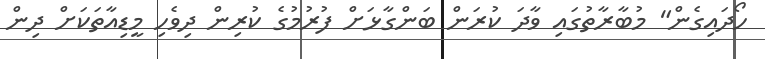
ހޯދައިގެން" މުބާރާތުގައި ވާދަ ކުރަން ބަންގާޅަށް ފުރުމުގެ ކުރިން ދިވެހި މީޑިއާތަކަށް ދިން